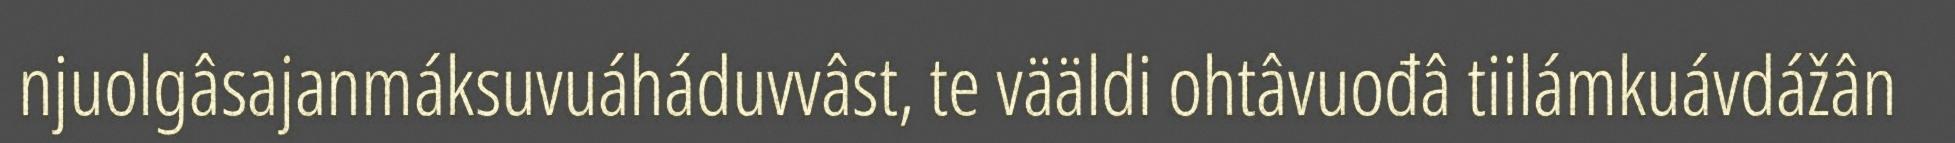
njuolgâsajanmáksuvuáháduvvâst, te vääldi ohtâvuođâ tiilámkuávdážân